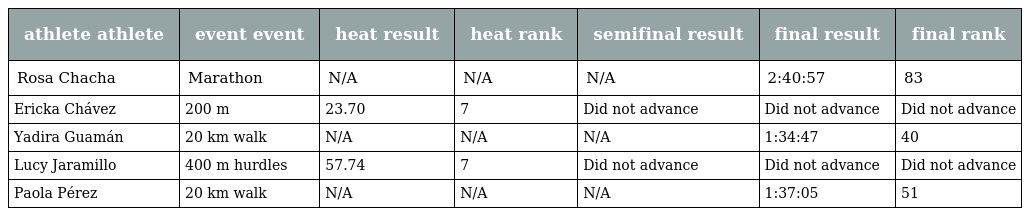
| athlete athlete | event event | heat result | heat rank | semifinal result | final result | final rank |
 | --- | --- | --- | --- | --- | --- | --- |
 | Rosa Chacha | Marathon | N/A | N/A | N/A | 2:40:57 | 83 |
 | Ericka Chávez | 200 m | 23.70 | 7 | Did not advance | Did not advance | Did not advance |
 | Yadira Guamán | 20 km walk | N/A | N/A | N/A | 1:34:47 | 40 |
 | Lucy Jaramillo | 400 m hurdles | 57.74 | 7 | Did not advance | Did not advance | Did not advance |
 | Paola Pérez | 20 km walk | N/A | N/A | N/A | 1:37:05 | 51 |